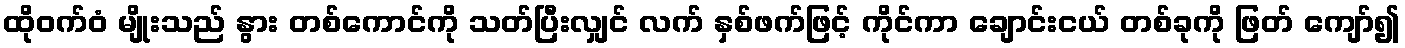
ထိုဝက်ဝံ မျိုးသည် နွား တစ်ကောင်ကို သတ်ပြီးလျှင် လက် နှစ်ဖက်ဖြင့် ကိုင်ကာ ချောင်းငယ် တစ်ခုကို ဖြတ် ကျော်၍